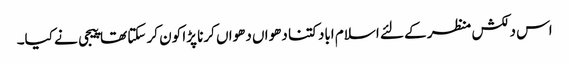
اس دلکش منظر کے لئے اسلام اباد کتنا دھواں دھواں کرنا پڑا کون کر سکتا تھا پیجی نے کیا۔